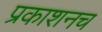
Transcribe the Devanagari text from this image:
प्रकाशनच